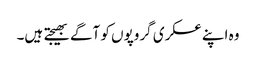
وہ اپنے عسکری گروپوں کو آگے بھیجتے ہیں۔